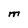
Character: M